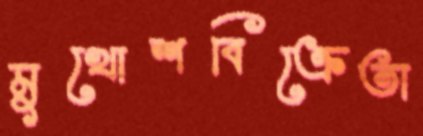
মুখোশবিক্রেতা